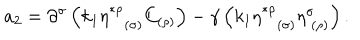
LaTeX: a _ { 2 } = \partial ^ { \sigma } \left( k _ { 1 } \eta _ { ( \sigma ) } ^ { * \rho } C _ { ( \rho ) } \right) - \gamma \left( k _ { 1 } \eta _ { ( \sigma ) } ^ { * \rho } \eta _ { \; ( \rho ) } ^ { \sigma } \right) .